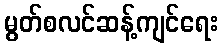
မွတ်စလင်ဆန့်ကျင်ရေး